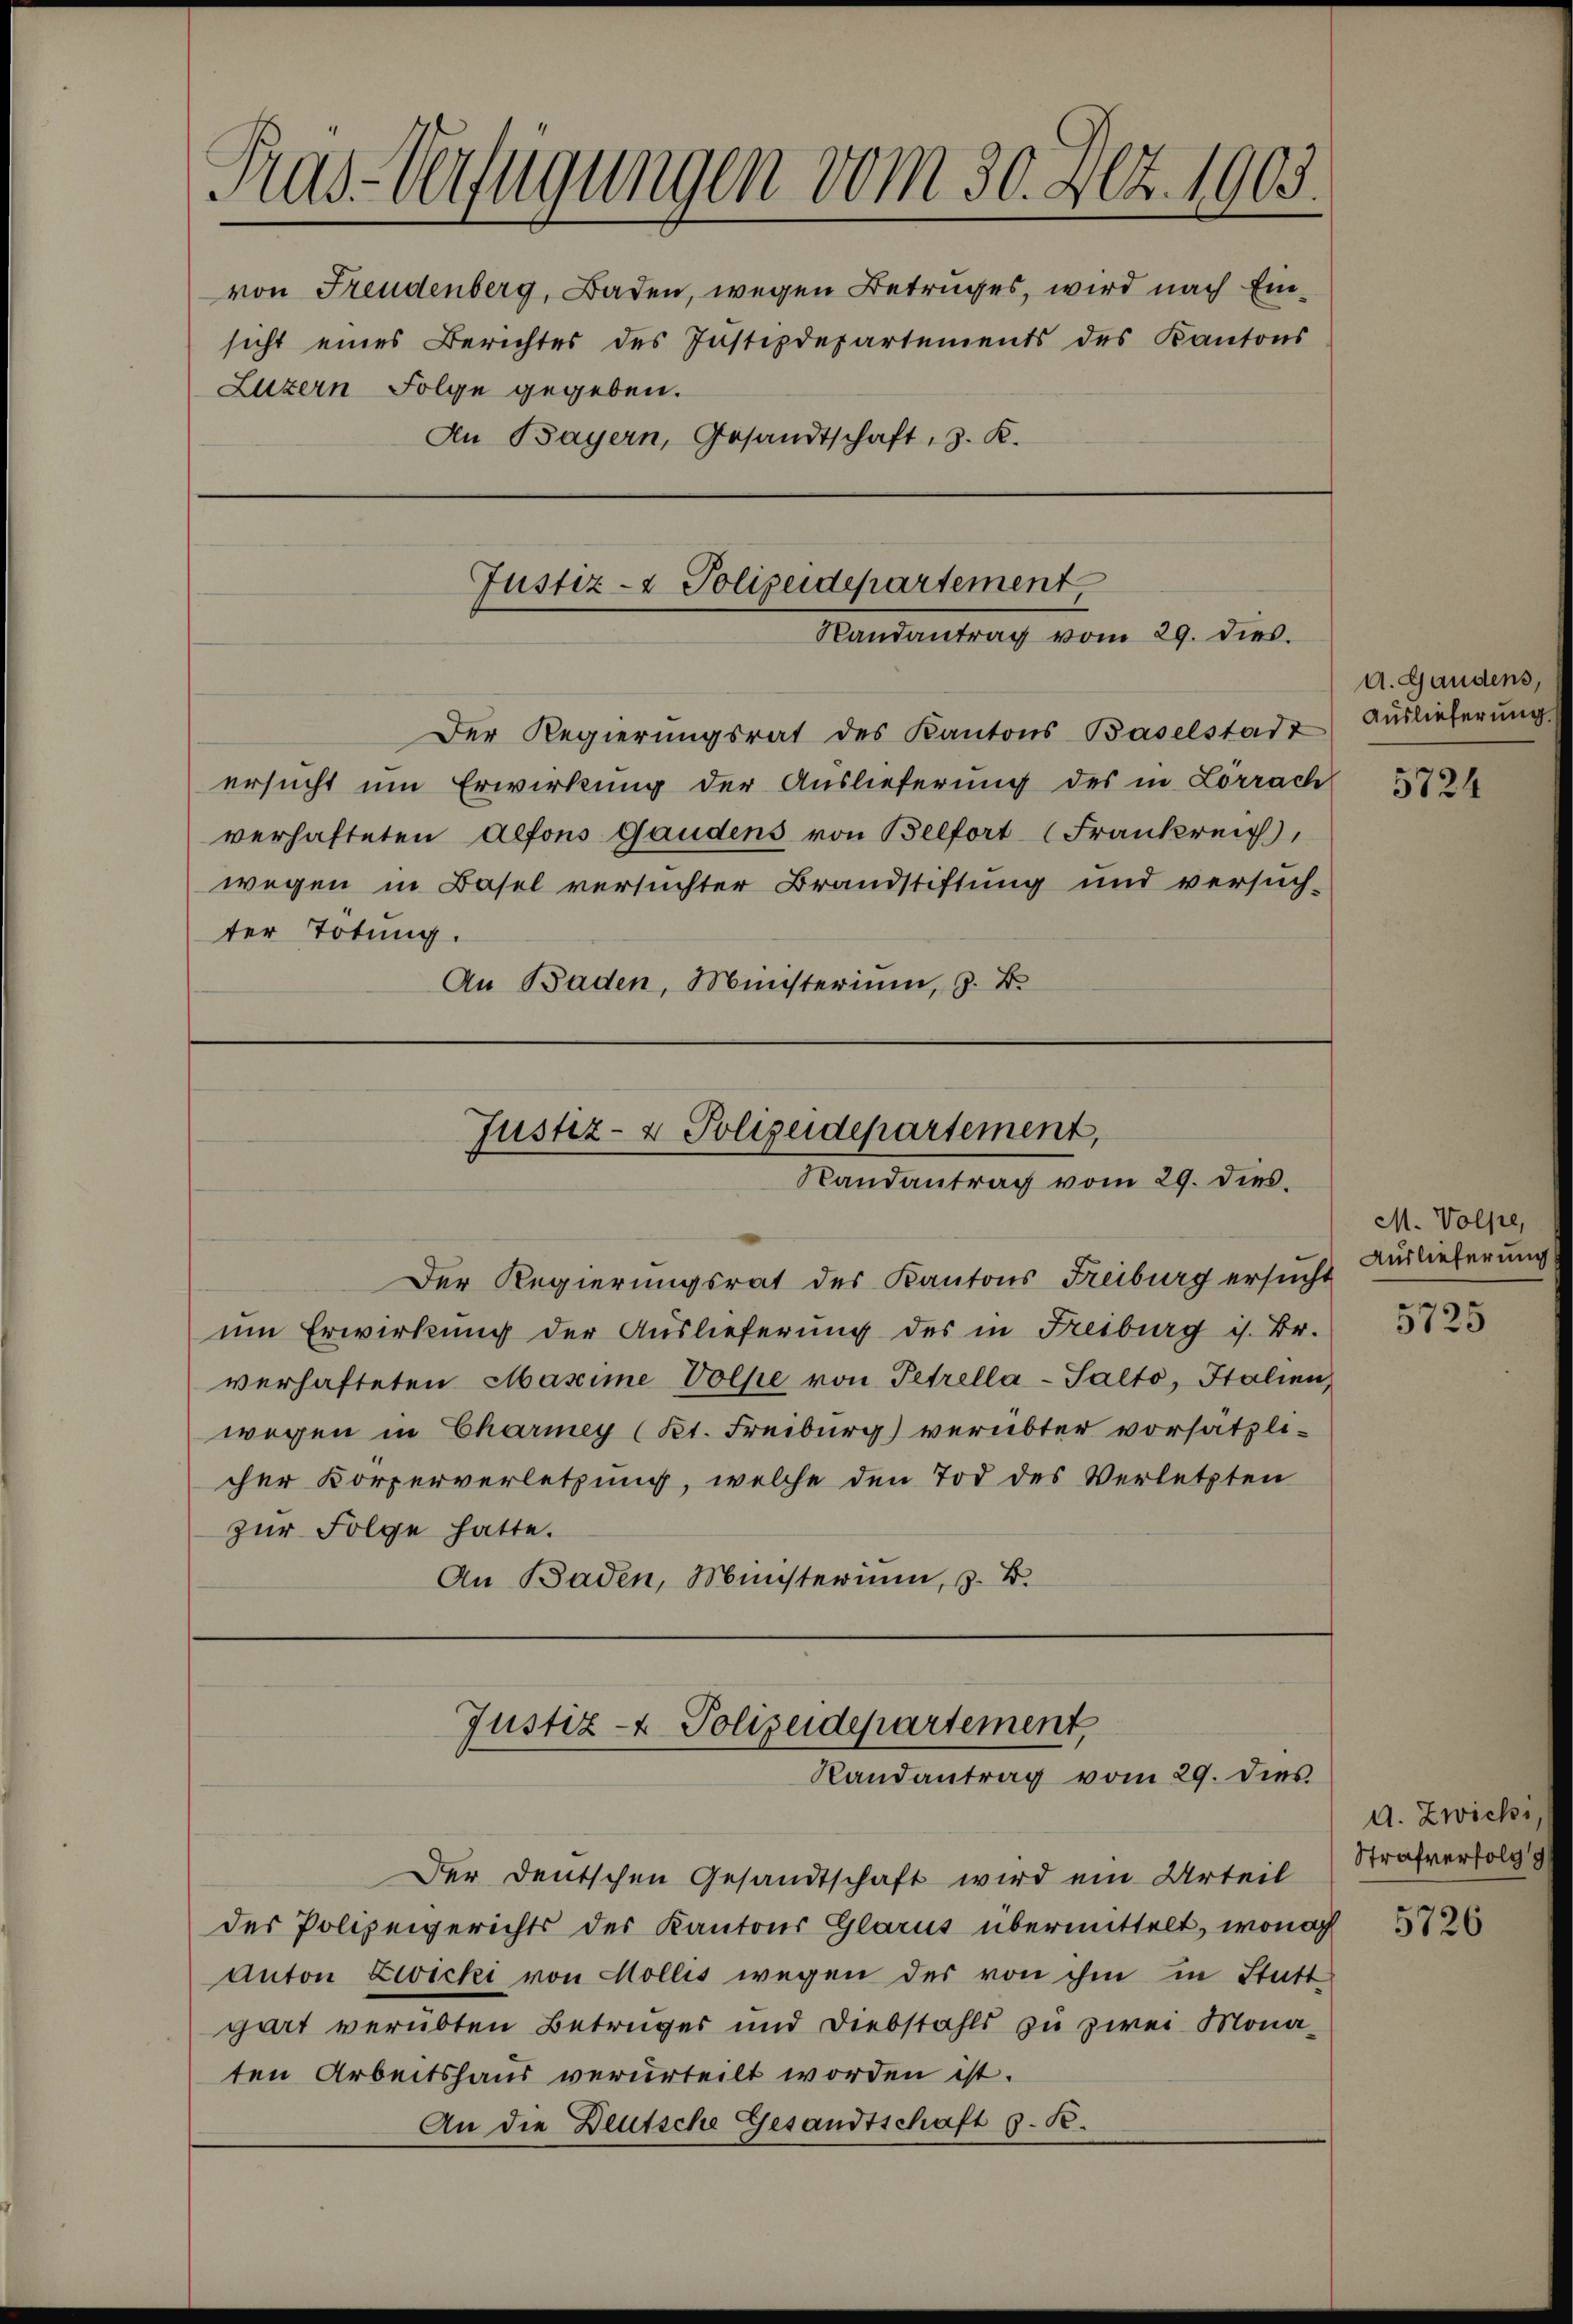
Tras-Verfügungen vom 30. 402. 1903.
von Freudenberg, Baden, wegen Betruges, wird nach Einsicht eines Berichtes des Justizdepartements des Kantons
Luzern Folge gegeben.
An Bayern, Gesandtschaft, 3. K.

Justiz- & Polizeidepartement
Randantrag vom 29. dies

Der Regierungsrat des Kantons Baselstadt
ersucht um Erwirkung der Auslieferung des in Lörrach
verhafteten Alfons Gandens von Belfort (Frankreich
wegen in Basel versuchter Brandstiftung und versuch-
ter Tötung.
An Baden, Ministerium, z. B.

Justiz- & Polizeidepartement,
Randantrag vom 29. dies

Der Regierungsrat des Kantons Freiburg ersucht Auslieferung
um Erwirkung der Auslieferung des in Freiburg i. Br.
verhafteten Maxime Volke von Petrella-Salto, Italien
wegen in Charmey (lt. Freiburg) verübter vorsätzlicher Körperverletzung, welche den Tod des Verletzten
zur Folge hatte.
An Baden, Münsterium, z. B.

Justiz- & Polizeidepartement
Randantrag vom 29. dies

Der Deutschen Gesandtschaft wird ein Urteil
des Polizeigerichts des Kantons Glarus übermittelt, wonach
Anton Zwicki von Mollis wegen des von ihm in Statt
gart verübten Betruges und Diebstahls zu zwei Monaten Arbeitshaus verurteilt worden ist.
An die Deutsche Gesandtschaft d. R.

A. Gandens,
Auslieferung.

5724

M. Volpe,

5725

d. Zwicki,
Strafverfolg g
5726